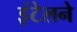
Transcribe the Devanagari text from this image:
इंटेलने